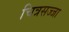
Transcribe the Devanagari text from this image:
चित्रसज्जा